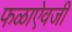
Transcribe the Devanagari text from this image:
फळाऐवजी